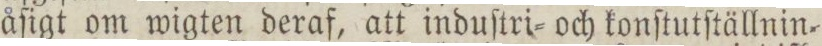
åſigt om wigten deraf, att induſtri= och konſtutſtällnin=